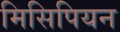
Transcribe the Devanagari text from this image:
मिसिपियन